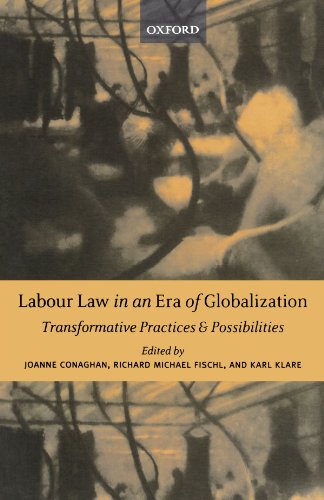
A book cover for Labour Law in an Era of Globalization: Transformative Practices and Possibilities (New Edition (2nd & Subsequent)); Law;